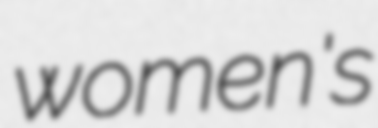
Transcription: women's